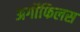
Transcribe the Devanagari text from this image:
अर्गोफिलस